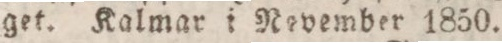
get. Kalmar i Nevember 1850.